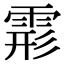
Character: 𩃋